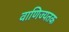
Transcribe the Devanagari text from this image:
वाणिज्यतक